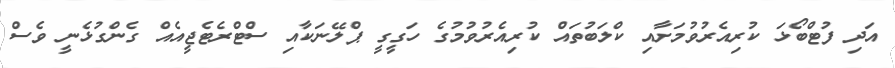
އަދި ފުޓްބޯޅަ ކުރިއެރުވުމަށާއި ކްލަބުތައް ކުރިއެރުވުމުގެ ހަގީގީ ޕްލޭނަކާއި ސްޓްރެޓެޖީއެއް ގެންގުޅެނީ ވެސް